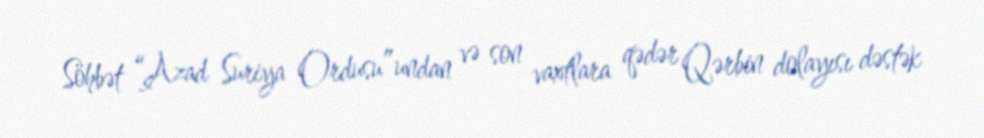
Söhbət “Azad Suriya Ordusu”undan və son vaxtlara qədər Qərbin dolayısı dəstək